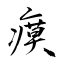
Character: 瘼